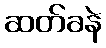
ဆတ်ခနဲ